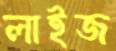
লাইজ